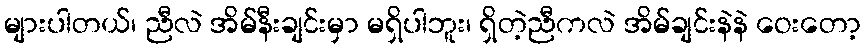
များပါတယ်၊ ညီလဲ အိမ်နီးချင်းမှာ မရှိပါဘူး၊ ရှိတဲ့ညီကလဲ အိမ်ချင်းနဲနဲ ဝေးတော့